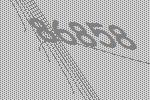
86858